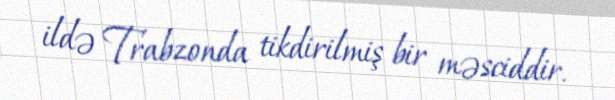
ildə Trabzonda tikdirilmiş bir məsciddir.